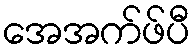
အေအက်ဖ်ပီ